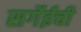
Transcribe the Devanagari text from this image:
सर्गेईची